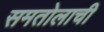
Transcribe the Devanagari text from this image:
समतोलाची